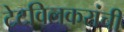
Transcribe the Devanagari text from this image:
टेटविलकरांची